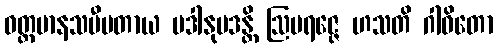
ဝတ္တမာနသမီပတာယ ပဒါနုပဒန္တိ ဩပရဇ္ဇေ ဟသတိ ဂါဝိတော